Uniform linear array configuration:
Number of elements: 32
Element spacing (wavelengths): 0.25
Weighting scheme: exponential
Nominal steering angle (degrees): -60
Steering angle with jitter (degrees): -60.443
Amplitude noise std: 0.05
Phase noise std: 0.05

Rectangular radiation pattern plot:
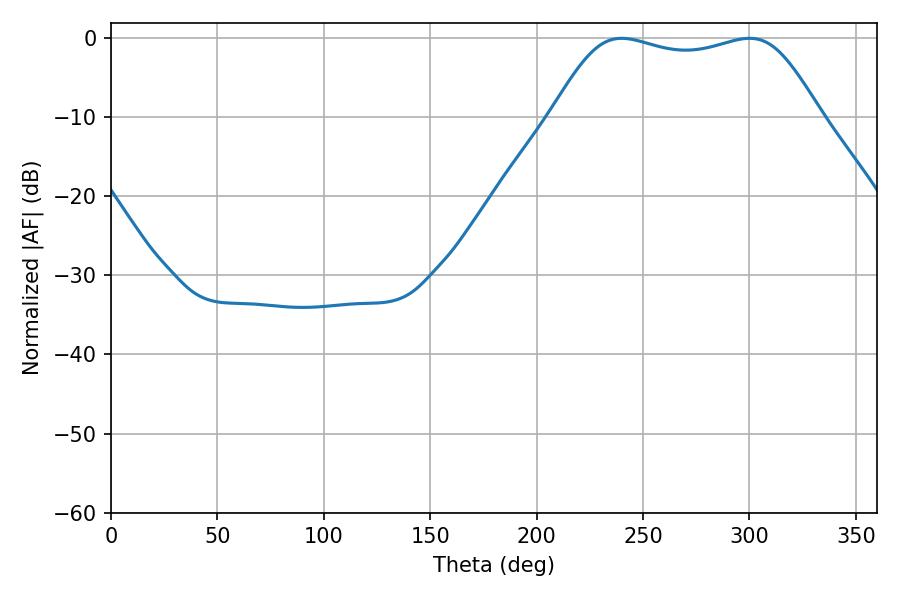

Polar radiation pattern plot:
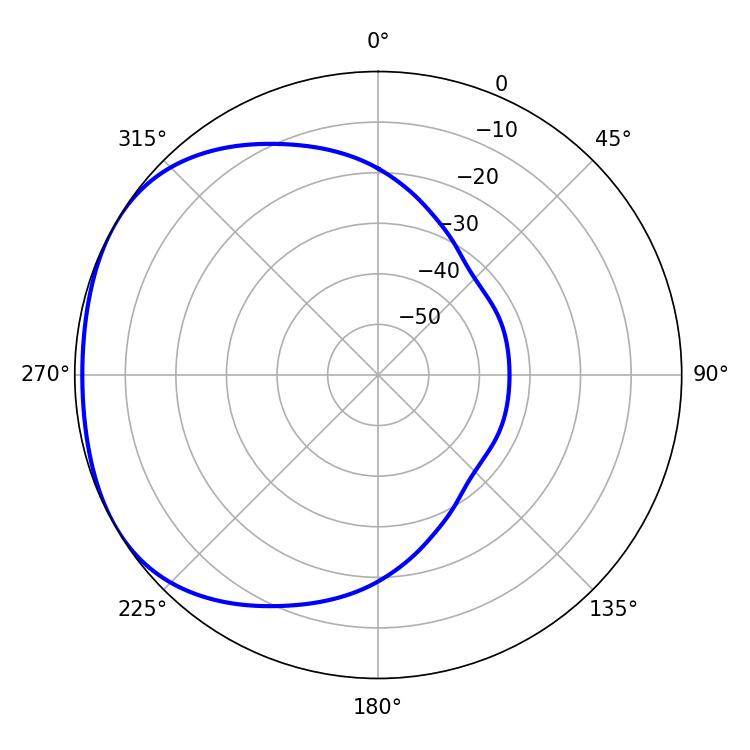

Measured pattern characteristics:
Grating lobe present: FALSE
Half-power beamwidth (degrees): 96.48
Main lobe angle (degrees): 239.94